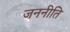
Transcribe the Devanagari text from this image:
जननीति